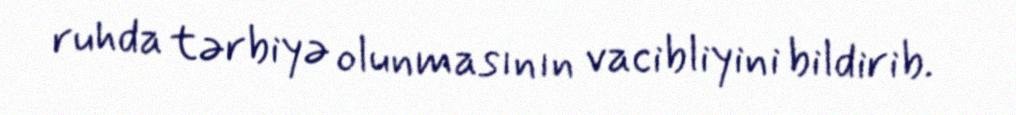
ruhda tərbiyə olunmasının vacibliyini bildirib.